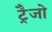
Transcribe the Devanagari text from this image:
ट्रैजो